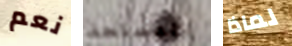
نعم المسلحة لماذا